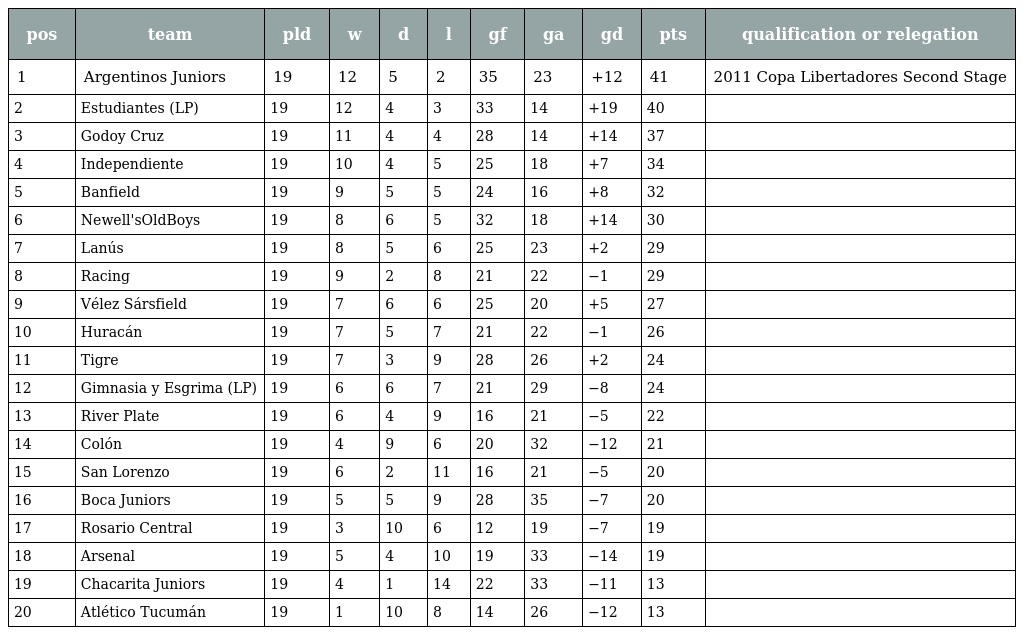
| pos | team | pld | w | d | l | gf | ga | gd | pts | qualification or relegation |
 | --- | --- | --- | --- | --- | --- | --- | --- | --- | --- | --- |
 | 1 | Argentinos Juniors | 19 | 12 | 5 | 2 | 35 | 23 | +12 | 41 | 2011 Copa Libertadores Second Stage |
 | 2 | Estudiantes (LP) | 19 | 12 | 4 | 3 | 33 | 14 | +19 | 40 |  |
 | 3 | Godoy Cruz | 19 | 11 | 4 | 4 | 28 | 14 | +14 | 37 |  |
 | 4 | Independiente | 19 | 10 | 4 | 5 | 25 | 18 | +7 | 34 |  |
 | 5 | Banfield | 19 | 9 | 5 | 5 | 24 | 16 | +8 | 32 |  |
 | 6 | Newell'sOldBoys | 19 | 8 | 6 | 5 | 32 | 18 | +14 | 30 |  |
 | 7 | Lanús | 19 | 8 | 5 | 6 | 25 | 23 | +2 | 29 |  |
 | 8 | Racing | 19 | 9 | 2 | 8 | 21 | 22 | −1 | 29 |  |
 | 9 | Vélez Sársfield | 19 | 7 | 6 | 6 | 25 | 20 | +5 | 27 |  |
 | 10 | Huracán | 19 | 7 | 5 | 7 | 21 | 22 | −1 | 26 |  |
 | 11 | Tigre | 19 | 7 | 3 | 9 | 28 | 26 | +2 | 24 |  |
 | 12 | Gimnasia y Esgrima (LP) | 19 | 6 | 6 | 7 | 21 | 29 | −8 | 24 |  |
 | 13 | River Plate | 19 | 6 | 4 | 9 | 16 | 21 | −5 | 22 |  |
 | 14 | Colón | 19 | 4 | 9 | 6 | 20 | 32 | −12 | 21 |  |
 | 15 | San Lorenzo | 19 | 6 | 2 | 11 | 16 | 21 | −5 | 20 |  |
 | 16 | Boca Juniors | 19 | 5 | 5 | 9 | 28 | 35 | −7 | 20 |  |
 | 17 | Rosario Central | 19 | 3 | 10 | 6 | 12 | 19 | −7 | 19 |  |
 | 18 | Arsenal | 19 | 5 | 4 | 10 | 19 | 33 | −14 | 19 |  |
 | 19 | Chacarita Juniors | 19 | 4 | 1 | 14 | 22 | 33 | −11 | 13 |  |
 | 20 | Atlético Tucumán | 19 | 1 | 10 | 8 | 14 | 26 | −12 | 13 |  |